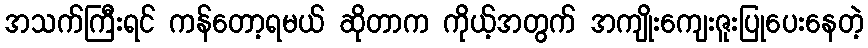
အသက်ကြီးရင် ကန်တော့ရမယ် ဆိုတာက ကိုယ့်အတွက် အကျိုးကျေးဇူးပြုပေးနေတဲ့